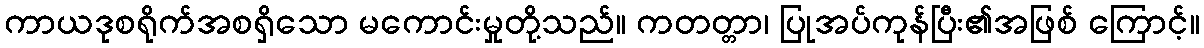
ကာယဒုစရိုက်အစရှိသော မကောင်းမှုတို့သည်။ ကတတ္တာ၊ ပြုအပ်ကုန်ပြီး၏အဖြစ် ကြောင့်။